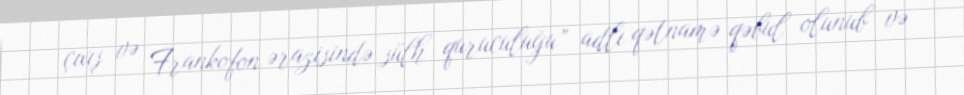
çıxış və Frankofon ərazisində sülh quruculuğu” adlı qətnamə qəbul olunub və